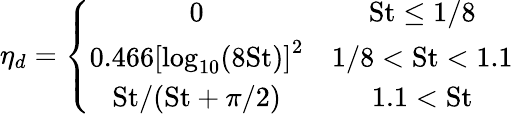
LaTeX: \eta_{d}=\left\{ \begin{array}{cc}{0}&{\mathrm{St}\le 1/8}\\ {0.466\left[\log_{10}(8\mathrm{St})\right]^{2}}&{1/8<\mathrm{St}<1.1}\\ {\mathrm{St}/(\mathrm{St}+\pi/2)}&{1.1<\mathrm{St}}\end{array}\right.